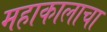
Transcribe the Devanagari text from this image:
महाकालाचा